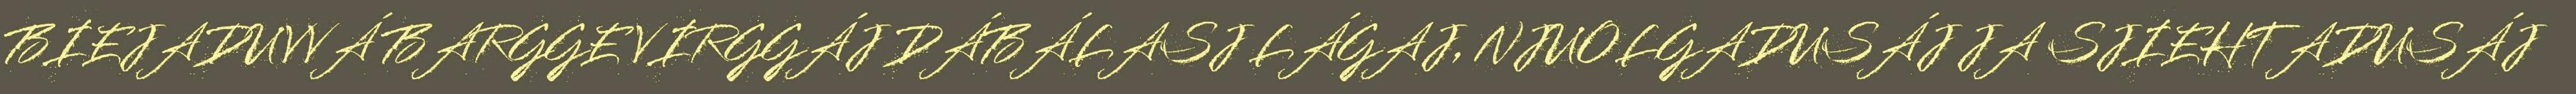
BIEJADUVVÁ BARGGE VIRGGÁJ DÁBÁLASJ LÁGAJ, NJUOLGADUSÁJ JA SJIEHTADUSÁJ